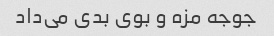
جوجه مزه و بوی بدی می‌داد